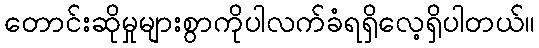
တောင်းဆိုမှုများစွာကိုပါလက်ခံရရှိလေ့ရှိပါတယ်။